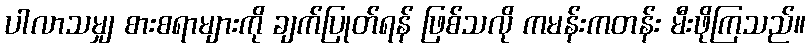
ပါလာသမျှ စားစရာများကို ချက်ပြုတ်ရန် ဖြစ်သလို ကမန်းကတန်း မီးဖိုကြသည်။